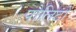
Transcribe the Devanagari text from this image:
पोलिटो